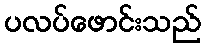
ပလပ်ဖောင်းသည်